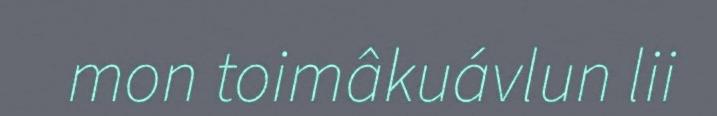
mon toimâkuávlun lii